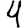
Digit: 4